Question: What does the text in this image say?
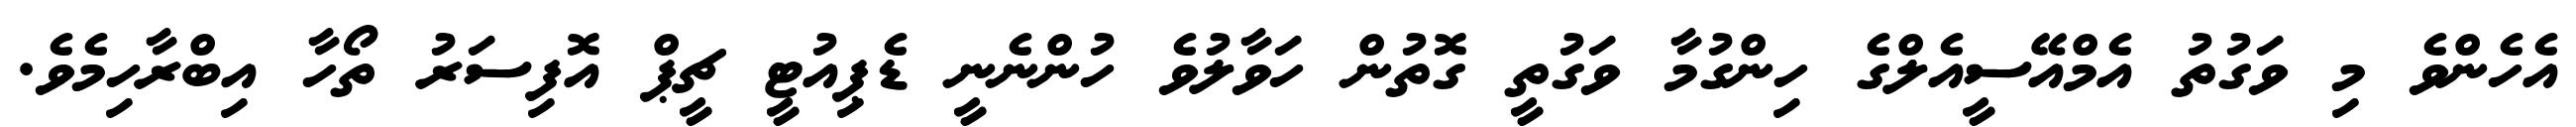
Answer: އެހެންވެ މި ވަގުތު އެމްއޭސީއެލްގެ ހިންގުމާ ވަގުތީ ގޮތުން ހަވާލުވެ ހުންނެނީ ޑެޕިއުޓީ ޗީޕް އޮފިސަރު ތޯހާ އިބްރާހިމެވެ.